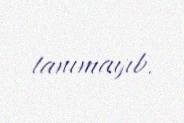
tanımayıb.